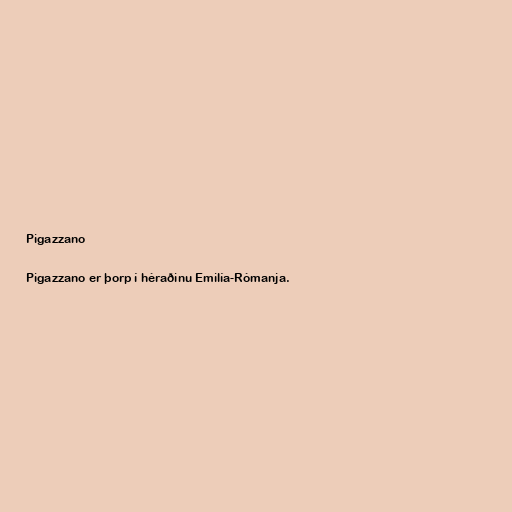
Pigazzano

Pigazzano er þorp í héraðinu Emilía-Rómanja.